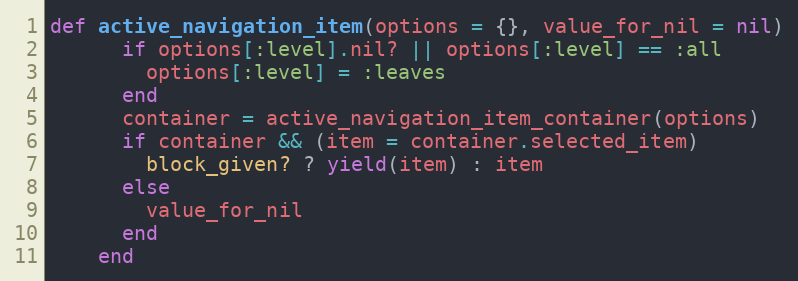
Language: Ruby
def active_navigation_item(options = {}, value_for_nil = nil)
      if options[:level].nil? || options[:level] == :all
        options[:level] = :leaves
      end
      container = active_navigation_item_container(options)
      if container && (item = container.selected_item)
        block_given? ? yield(item) : item
      else
        value_for_nil
      end
    end